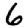
Digit: 6